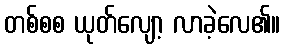
တစ်စစ ယုတ်လျော့ လာခဲ့လေ၏။